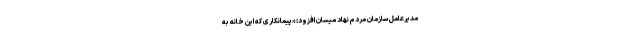
مدیرعامل سازمان مردم نهادِ میسان افزود: «پیمانکاری که این خانه به